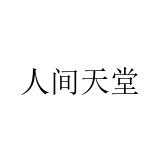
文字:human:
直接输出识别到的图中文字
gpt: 人间天堂